Indian journal of veterinary science and animal husbandry - Volume 4,
Year: 1934
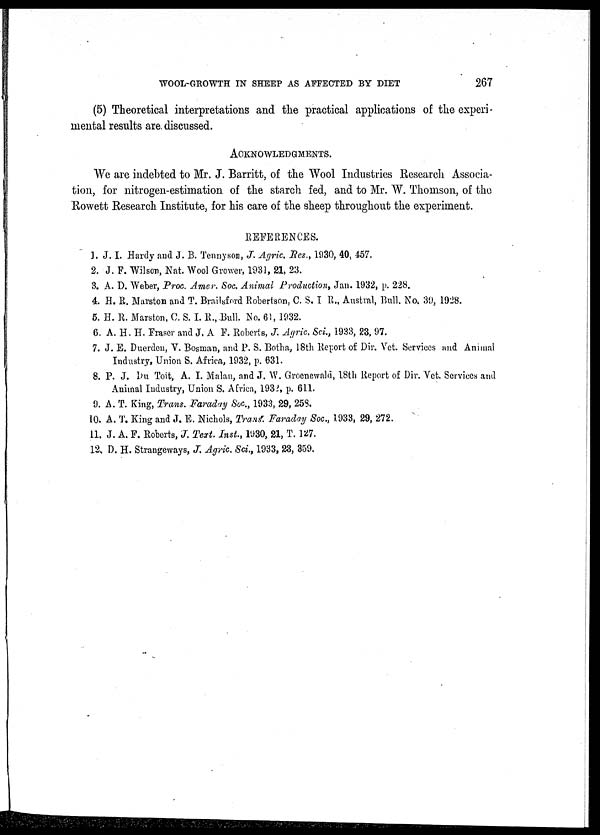
WOOL-GROWTH IN SHEEP AS AFFECTED BY DIET
267
(5) Theoretical interpretations and the practical applications of the experi¬
mental results are discussed.
ACKNOWLEDGMENTS.
We are indebted to Mr. J. Barritt, of the Wool Industries Research Associa-
tion, for nitrogen-estimation of the starch fed, and to Mr. W. Thomson, of the
Rowett Research Institute, for his care of the sheep throughout the experiment.
REFERENCES.
1. J. I. Hardy and J. B. Tennyson, J. Agric. Res., 1930, 40, 457.
2. J. F. Wilson, Nat. Wool Grower, 1931, 21, 23.
3. A. D. Weber, Proc. Amer. Soc. Animal Production, Jan. 1932, p. 228.
4. H. R. Marston and T. Brailsford Robertson, C. S. T R., Austral, Bull. No. 30, 1928.
5. H. R. Marston, C. S. I. R.,.Bull. No. 61, 1932.
6. A. H. H. Fraser and J. A F. Roberts, J. Agric. Sci., 1933, 23, 97.
7. J. E. Duerden, V. Bosman, and P. S. Botha, 18th Report of Dir. Vet. Services and Animal
Industry, Union S. Africa, 1932, p. 631.
8. P. J. Du Toit, A. I. Malan, and J. W. Groenewald, 18th Report of Dir. Vet. Services and
Animal Industry, Union S. Africa, 1932, p. 611.
9. A. T. King, Trans. Faraday Soc., 1933, 29, 258.
10. A. T. King and J. E. Nichols, Trans. Faraday Soc., 1933, 29, 272.
11. J. A. F. Roberts, J. Text. Inst., 1930, 21, T. 127.
12. D. H. Strangeways, J. Agric. Sci., 1933, 23, 359.